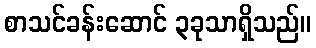
စာသင်ခန်းဆောင် ၃ခုသာရှိသည်။